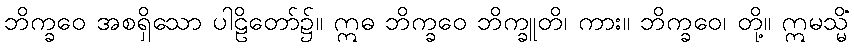
ဘိက္ခဝေ အစရှိသော ပါဠိတော်၌။ ဣဓ ဘိက္ခဝေ ဘိက္ခူတိ၊ ကား။ ဘိက္ခဝေ၊ တို့။ ဣမသ္မိံ